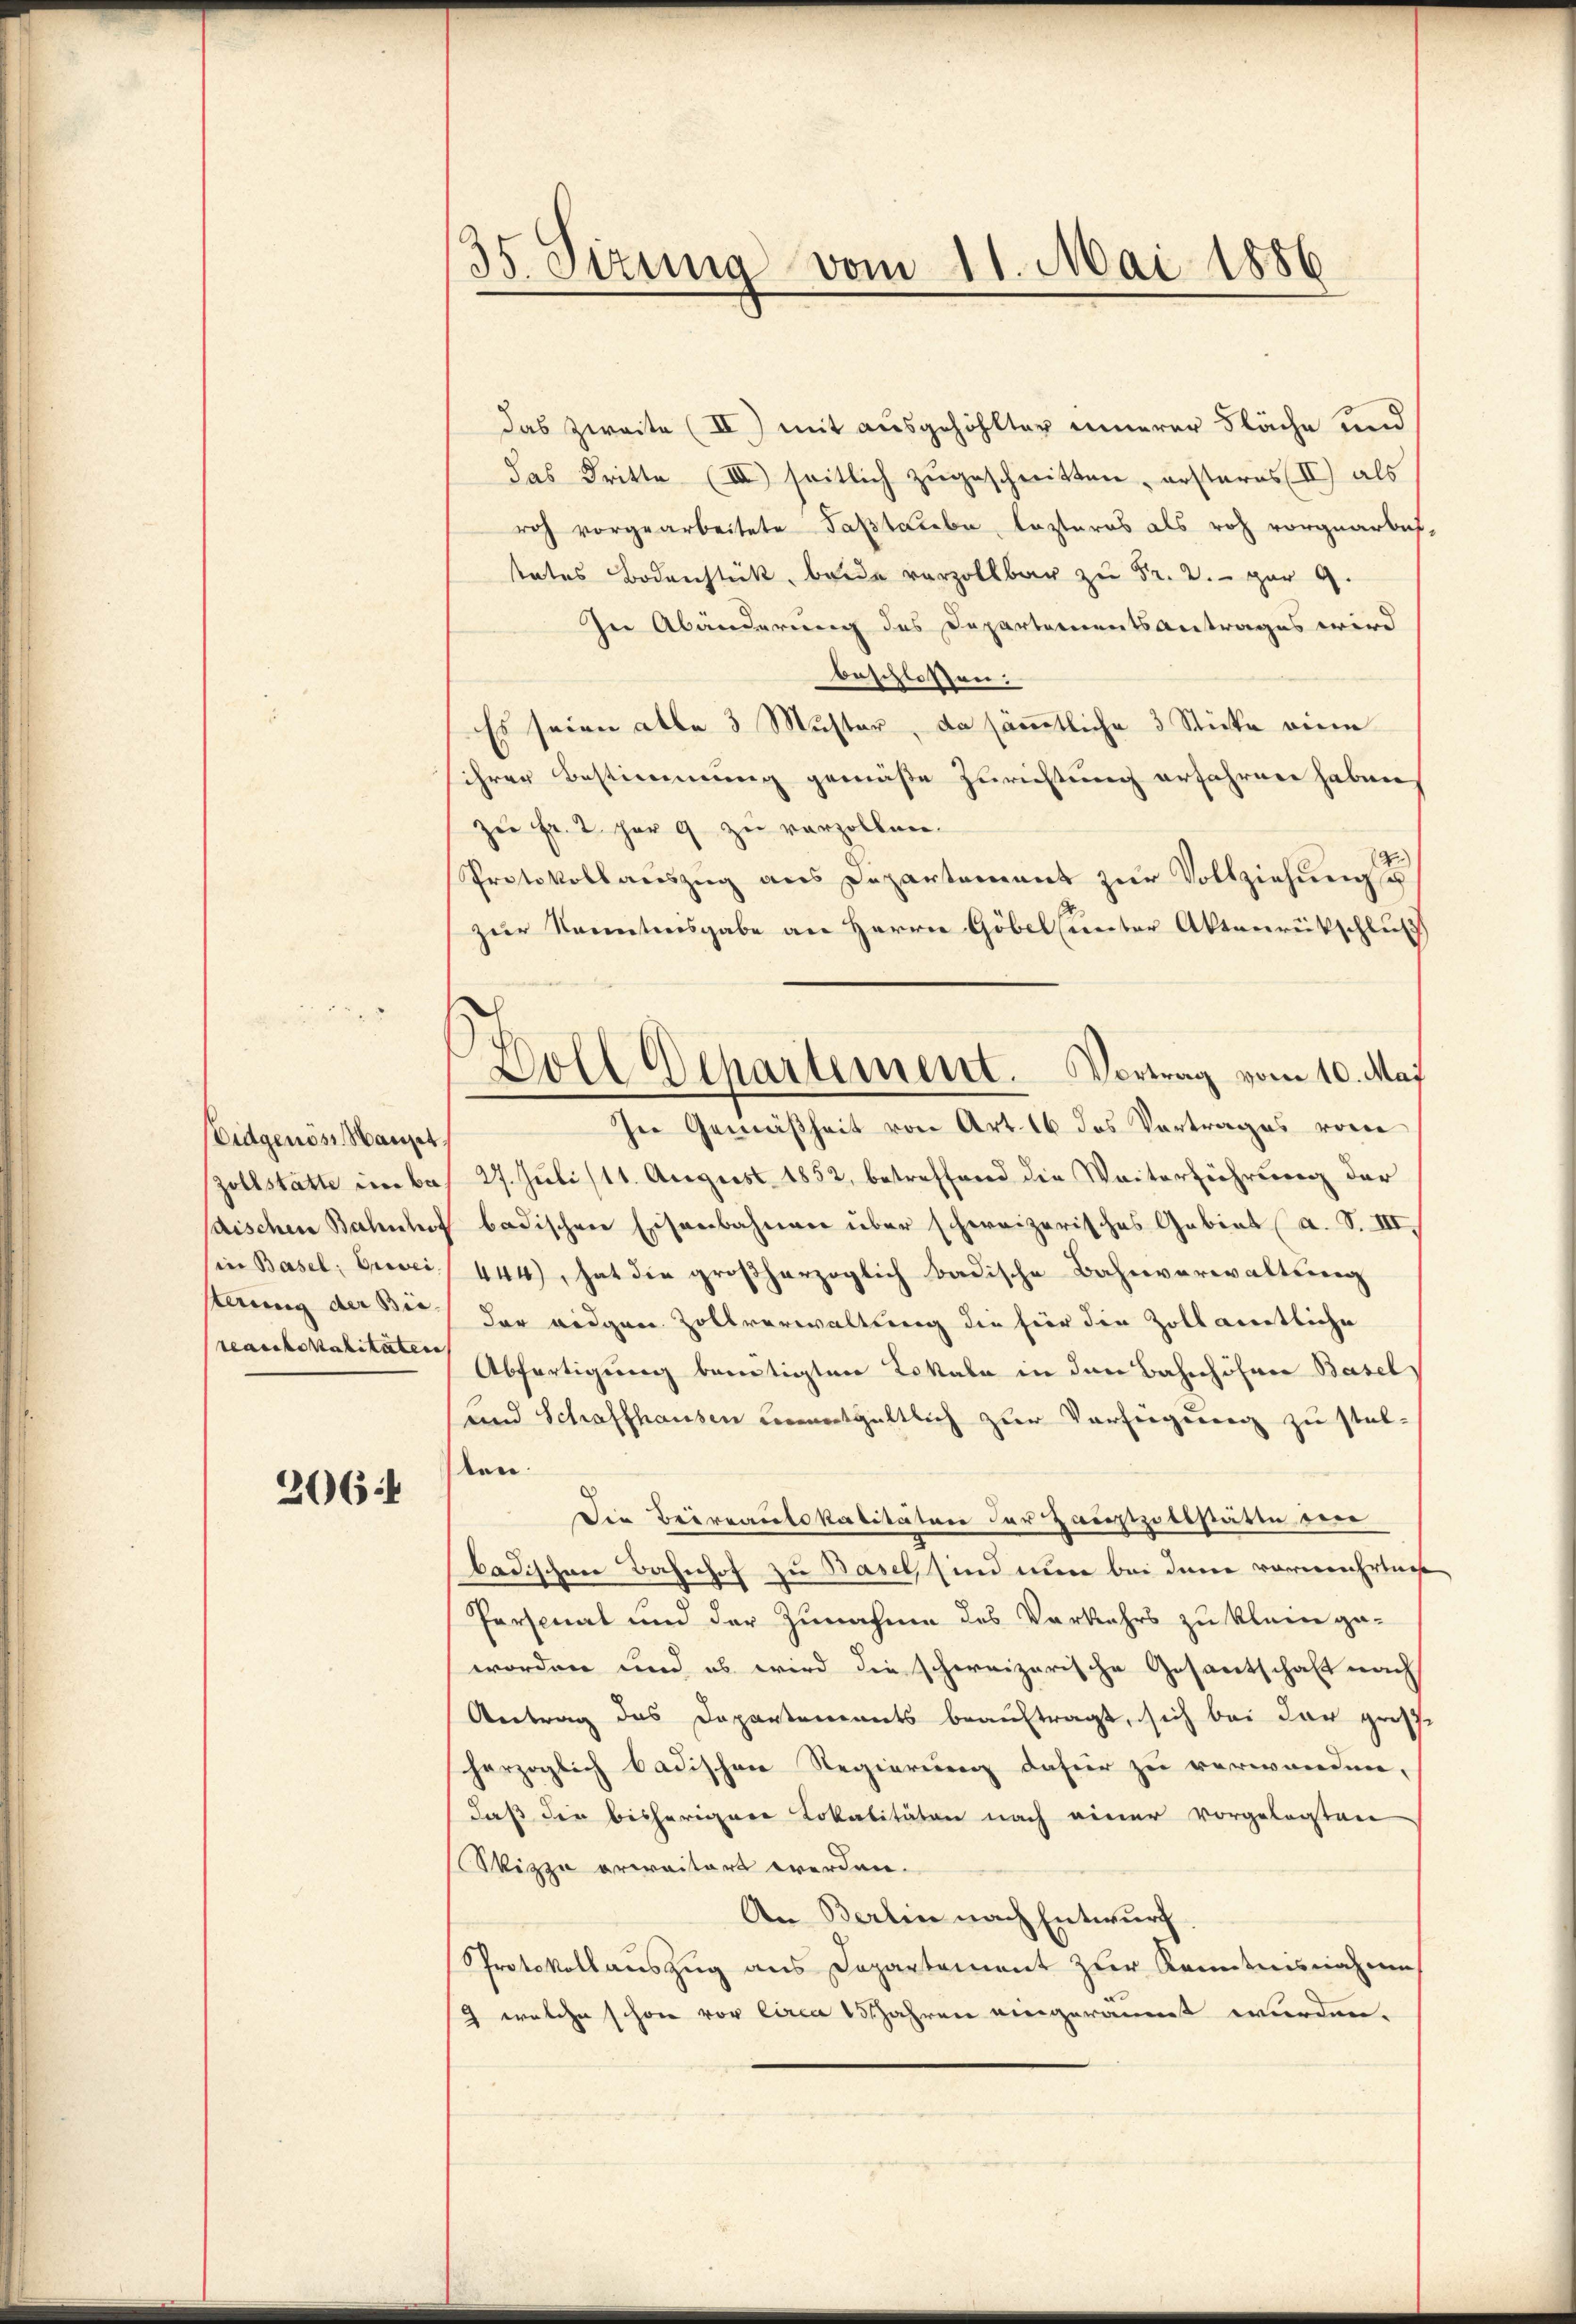
idgenöss Haupt.
zollstatte in ba
saischen Bahnhof
in Basel: Drei
terung der Bie-
reartikalitäten

2064

35. Sizung vom 11. Mai 1886

Das zweite (II.) mit ausgehohlter innerer Fläche und
das Dritte (III) seitlich zugeschritten, ersteres II) als
rch vorgearbeitete Tastarbe, lezteres als roh vorgearbei
tates Bodenstück, beide vorzollbar zu Fr. 2. par 9.
In Abänderung des Departementsantrages wird
beschlossen:
Es seien alle 3 Muster, da sämmtliche 3 Sticke eine
ihrer Bestimmung gemäße Zurichtung erfahren haben,
zu Fr. 2 für 9 zu verzollen.
Protokollaŭszŭg ans Departement zŭr Vollziehŭngs
zur Kenntnisgabe an Herrn Göbel (unter Aktenrückschluß
Ine Gemäßheit von Art. 16 das Vortrages von
27. Juli (11. August 1852, betreffend die Weiterführung der
badischen Eisenbahnen über schweizerisches Gebiet (a. S. III.
444), hat die großherzoglich badische Bahnverwaltung
der eidgen Zollverwaltung die für die Zoll amtliche
Abfertigung benötigten Lokale in den Bahnhöhner Basel
und Schaffhausen vernotgeltlich zur Vorsiegung zu stelten.
Die Beiveaulokalitäten der Hauptzottstätte dere
badischen Bahnhof zu Basel, sind nun bei dem vorwahrne
Personal und der Zunahme des Vorkehrs zu klein ge-
worden und es wird die schereizerische Gesantschaft nach
Antrag das Departements beauftragt, sich bei der große
herzoglich badischen Regierung dafür zu verwanden,
daß die bisherigere Lokalitäten nach einer vorgelegten
Skizze erweitert werden.
An Berlin nach Entwurf
Protokollauszug aus Departement zur Kenntnisnahme
9 welche schon vor circa 15 Jahren eingeräumt wurden.

Goll Departement. Vortrag vom 10. Maj